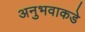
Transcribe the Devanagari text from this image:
अनुभवाकडे